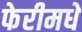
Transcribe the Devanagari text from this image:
फेरीमधे